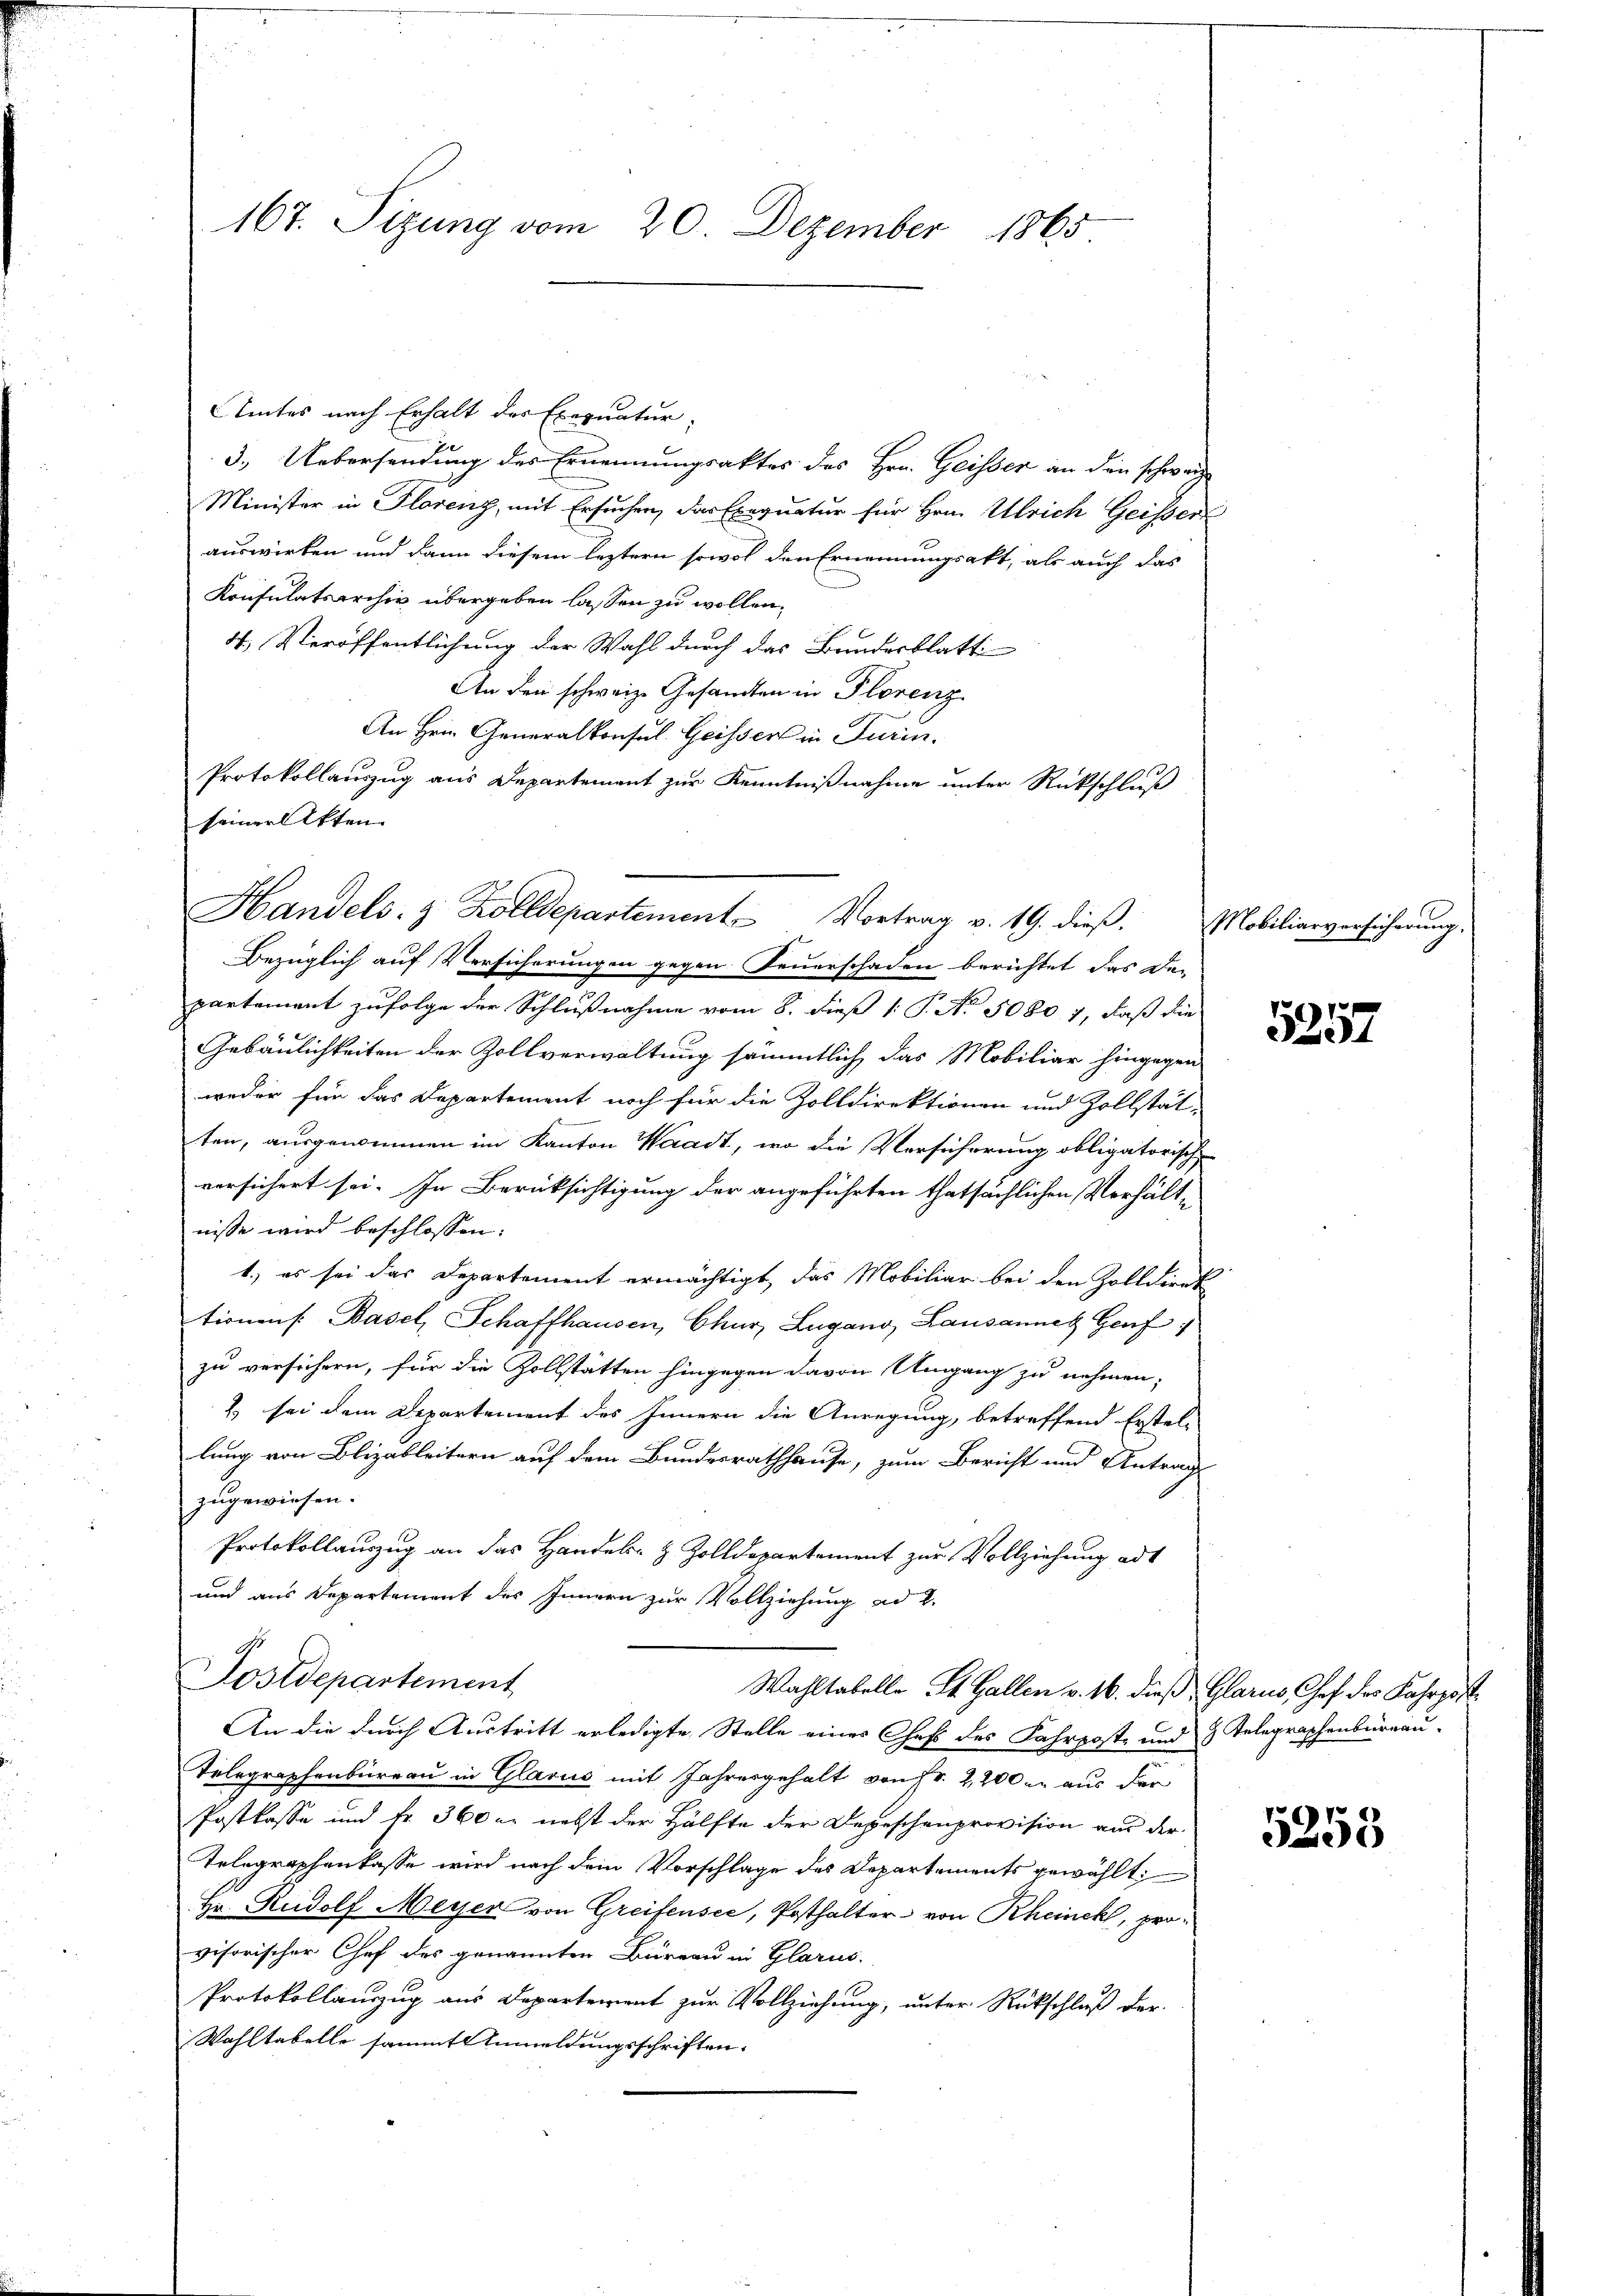
167. Sizung vom 20. Dezember 1865

Amtes nach Erhalt der Exequatur
3.) Uebersendung des Ernennungsaktes des Hrn. Geisser an den schweize
Minister in Florenz, mit Ersuchen, das Exequatur für Hrn. Ulrich Geisser
auswirken und dann diesem leztern sowol den Ernennungsakt, als auch das
Konsulatsarchiv übergeben lassen zu wollen.
4. Veröffentlichung der Wahl durch das Bundesblatti
An den schweiz. Gesandten in Plorenz
An Hein Generalkonsul Geisser in Turin.
Protokollauszug aus Departement zur Kenntnißnahme unter Rückschluß
seinerlitten.
Handels. z. Zolldepartement Vortrag v. 19. dieß.
Bezüglich auf Versicherungen gegen Feuerschaden berichtet das De-
partement zufolge der Schlußnahme vom 8. dieß 1: P. No 5080 7, daß die
Gebäulichkeiten der Zollverwaltung sämmtlich das Mobiliar hingegen
weder für das Departement noch für die Zolldirektionen und Zollstätten, ausgenommen im Kanton Waadt, wo die Versicherung obligatorische
versichert sei. In Berücksichtigung der angeführten thatsächlichen Verhält-
nisse wird beschlossen:
1.) es sei das Departement ermächtigt, das Mobiliar bei den Zolldirek
tionen: Basel, Schaffhausen, Chur, Lugano, Lausannes Genf
zu versichern, für die Zollstätten hingegen davon Umgang zu nehmen;
1 sei dem Departement des Innern die Anregung, betreffend Erstel-
lung von Blizableitern auf dem Bundesrathhause, zum Bericht und Antrag-
zugewiesen.
Protokollauszug an das Handels- & Zolldepartement zur Vollziehung ad
und aus Departement des Innern zur Vollziehung ad 2.
G
Sostdepartement
Wahltabello St. Gallen v. 16. dieß Glarus Chef des Fahrpost
An die durch Austritt erledigte Stelle eines Chef des Fahrpost- und 3 Telegraphenbureau.
Telegraphenbureau in Glarus mit Jahresgehalt von Fr. 2,200 u. aus der
Postkasse und Fr. 360 er nebst der Hälfte der Depeschenprovision aus der
Telegraphenkasse wird nach dem Vorschlage des Departements gewählt:
Hr. Rudolf Meyer von Greifensee, Posthalter von Rheinck, provisorischer Chef des genannten Büreau in Glarus.
Protokollauszug aus Departement zur Vollziehung, unter Rückschluß der
Wahltabelle sammt Anmeldungsschriften.

Mobiliarversicherung,

5257

5253